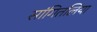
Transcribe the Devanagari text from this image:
सांगितलिया